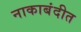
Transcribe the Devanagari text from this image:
नाकाबंदीत